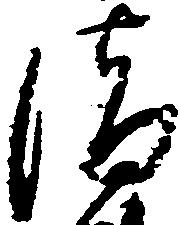
清